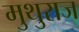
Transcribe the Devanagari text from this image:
मुथुराज